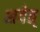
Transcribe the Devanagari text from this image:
शवेत्